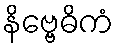
နိဗ္ဗေဓိကံ